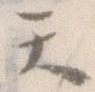
て